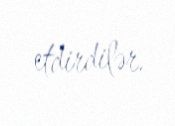
etdirdilər.